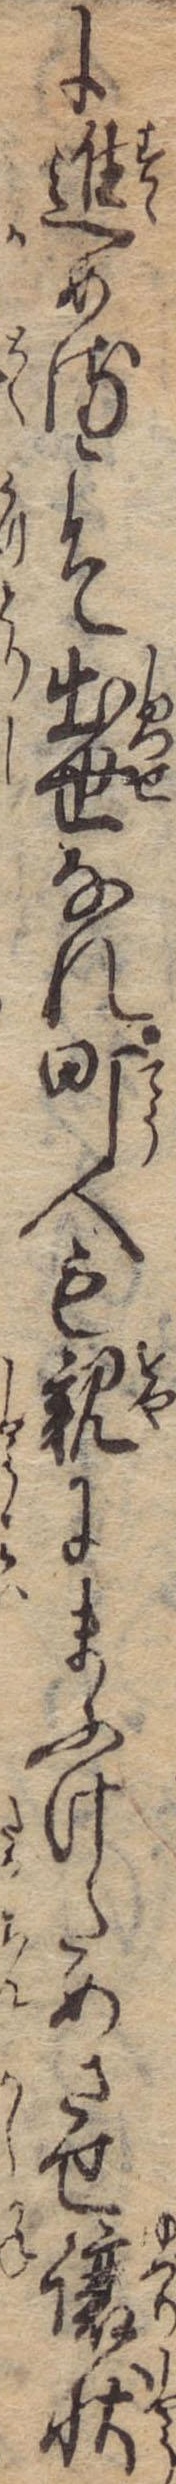
に進めるこそ出世なれ町人も親にまふけためさせ譲状